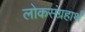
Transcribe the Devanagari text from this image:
लोकसंग्रहार्थ